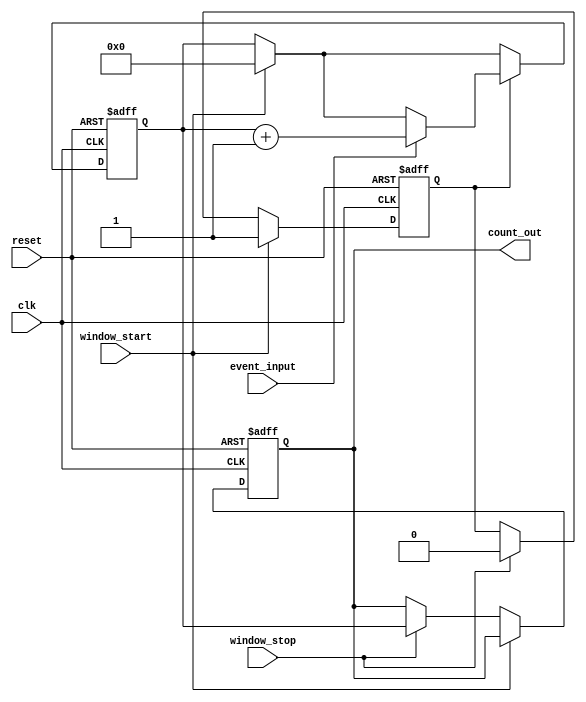
module windowed_counter #(
    parameter COUNTER_WIDTH = 8 // Adjustable counter width (e.g., 8-bit, 16-bit)
)(
    input wire clk,               // Clock signal
    input wire reset,             // Asynchronous reset signal
    input wire event_input,       // Input event signal (pulse/rising edge)
    input wire window_start,       // Window start signal
    input wire window_stop,        // Window stop signal
    output reg [COUNTER_WIDTH-1:0] count_out // Current count output
);

    // Internal registers
    reg [COUNTER_WIDTH-1:0] count; // Counter register
    reg counting;                  // State to indicate counting is active

    // Asynchronous reset
    always @(posedge clk or posedge reset) begin
        if (reset) begin
            count <= 0;            // Clear count on reset
            count_out <= 0;        // Clear output on reset
            counting <= 0;         // Reset counting state
        end else begin
            // Window control logic
            if (window_start) begin
                count <= 0;        // Reset count at the start of the window
                counting <= 1;     // Start counting
            end else if (window_stop) begin
                count_out <= count; // Latch the count value on window stop
                counting <= 0;      // Stop counting
            end
            
            // Counting logic
            if (counting) begin
                // Edge detection for event input
                if (event_input) begin
                    count <= count + 1; // Increment count on event input
                end
            end
        end
    end

endmodule